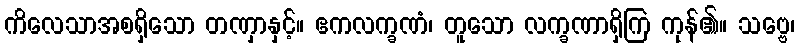
ကိလေသာအစရှိသော တဏှာနှင့်။ ဧကလက္ခဏံ၊ တူသော လက္ခဏာရှိကြ ကုန်၏။ သဗ္ဗေ၊